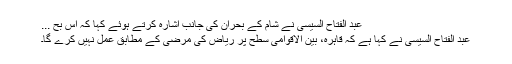
عبد الفتاح السیسی نے شام کے بحران کی جانب اشارہ کرتے ہوئے کہا کہ اس بح ...
عبد الفتاح السیسی نے کہا ہے کہ قاہرہ، بین الاقوامی سطح پر ریاض کی مرضی کے مطابق عمل نہيں کرے گا۔